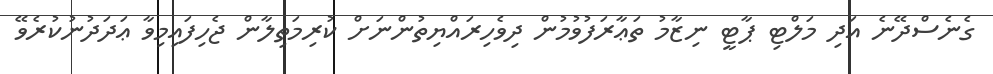
ގެނެސްދޭނެ އަދި މަލްޓި ޕާޓީ ނިޒާމު ތަޢާރަފުވުމުން ދިވެހިރައްޔިތުންނަށް ކުރިމަތިލާން ޖެހިފައިމިވާ ޢަދަދުނުކުރެވޭ